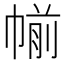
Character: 㡐